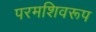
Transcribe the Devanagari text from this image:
परमशिवरूप